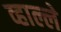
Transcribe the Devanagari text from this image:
व्हाल्ले